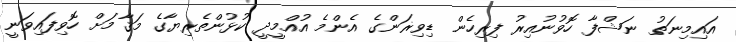
އައިމިނަތު ނަޝްފާ ހޮވުނުއިރު ފިރިހެން ޑިވިޜަންގެ އެންމެ އުއްމީދީ ކުޅުންތެރިޔާގެ މަޤާމަށް ހޮވިފައިވަނީ